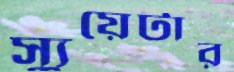
স্যুয়েটার